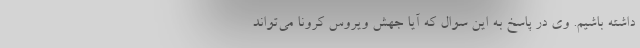
داشته باشیم. وی در پاسخ به این سوال که آیا جهش ویروس کرونا می‌تواند